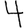
Digit: 4